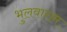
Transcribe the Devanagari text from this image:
भुलवाराम